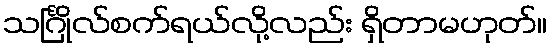
သင်္ဂြိုလ်စက်ရယ်လို့လည်း ရှိတာမဟုတ်။